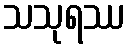
သသုရဿ